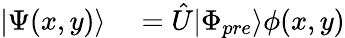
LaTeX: \begin{array}{rl}{|\Psi(x,y)\rangle}&{{}=\hat{U}|\Phi_{pre}\rangle\phi(x,y)}\end{array}